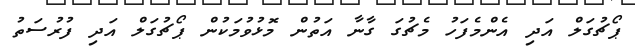
ޕޯޗުގަލް އަދި އެންމެފަހު މެޗުގަ ގާނާ އަތުން މޮޅުވުމަކުން ޕޯޗުގަލް އަދި ފުރުސަތު